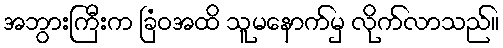
အဘွားကြီးက ခြံဝအထိ သူမနောက်မှ လိုက်လာသည်။